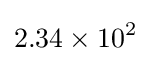
2.34\times 10^{2}